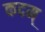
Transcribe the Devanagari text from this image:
कदम्